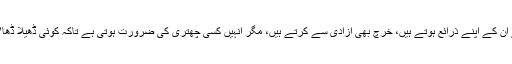
ایک طرح سے یہ گروپ فرنچائز کی طرح ہیں، پیسہ کمانے کے لیے ان کے اپنے ذرائع ہوتے ہیں، خرچ بھی آزادی سے کرتے ہیں، مگر انہیں کسی چھتری کی ضرورت ہوتی ہے تاکہ کوئی ڈھیلا ڈھالا پلیٹ فارم ملے اور ”باہروالے‘‘ فنانسروں کے لیے کشش بھی پیدا ہو۔